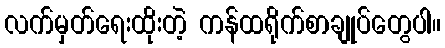
လက်မှတ်ရေးထိုးတဲ့ ကန်ထရိုက်စာချုပ်တွေပါ။